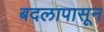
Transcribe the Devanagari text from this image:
बदलापासून